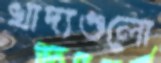
খাদ্যগুলো